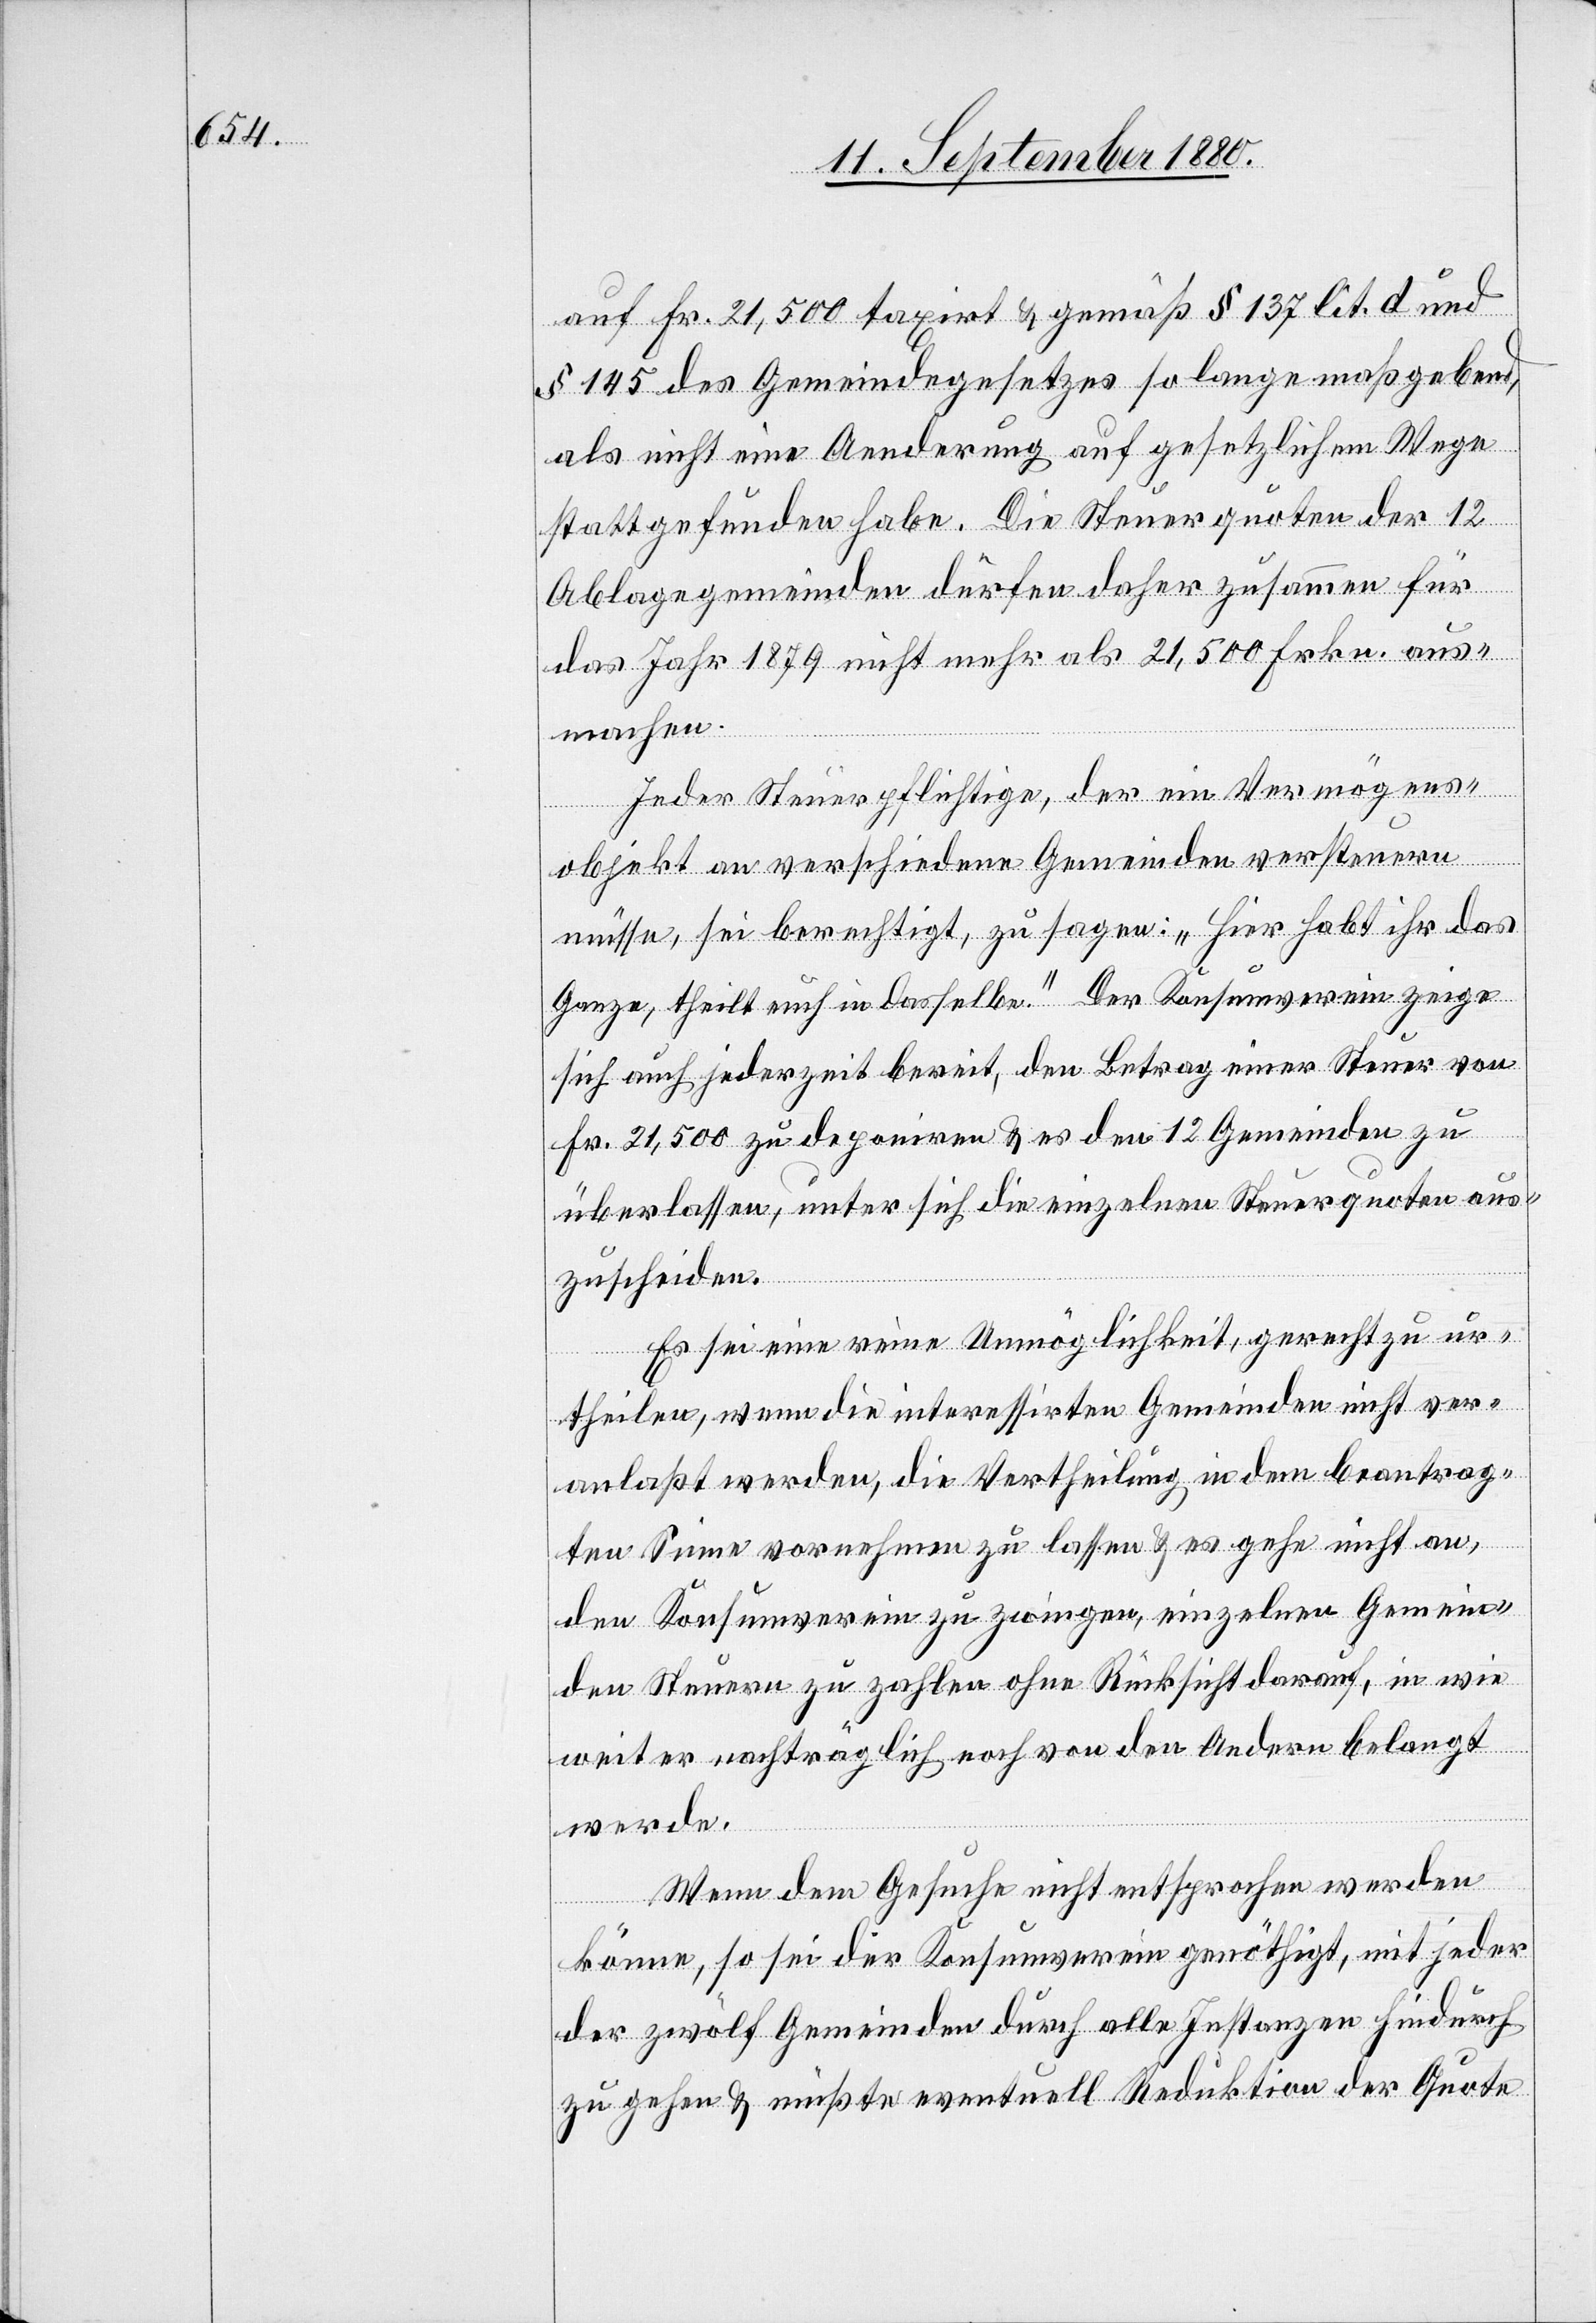
auf Fr. 21,500 taxirt & gemäß § 137 lit. d. und
§ 145 des Gemeindegesetzes so lange maßgebend,
als nicht eine Aenderung auf gesetzlichem Wege
stattgefunden habe. Die Steuerquoten der 12
Ablagegemeinden dürfen daher zusammen für
das Jahr 1879 nicht mehr als 21,500 Frkn. aus¬
machen.
Jeder Steuerpflichtige, der ein Vermögens¬
objekt an verschiedene Gemeinden versteuern
müsse, sei berechtigt, zu sagen: „Hier habt ihr das
Ganze, theilt euch in dasselbe.“ Der Konsumverein zeige
sich auch jederzeit bereit, den Betrag einer Steuer von
Fr. 21,500 zu deponiren & es den 12 Gemeinden zu
überlassen, unter sich die einzelnen Steuerquoten aus¬
zuscheiden.
Es sei eine reine Unmöglichkeit, gerecht zu ur¬
theilen, wenn die interessirten Gemeinden nicht ver¬
anlaßt werden, die Vertheilung in dem beantrag¬
ten Sinne vornehmen zu lassen & es gehe nicht an
den Konsumverein zu zwingen, einzelnen Gemein¬
den Steuern zu zahlen ohne Rücksicht darauf, in wie
weiter nachträglich noch von den Andern belangt
werde.
Wenn dem Gesuche nicht entsprochen werden
könne, so sei der Konsumverein genöthigt, mit jeder
der zwölf Gemeinden durch alle Instanzen hindurch
zu gehen & müßte eventuell Reduktion der Quote